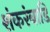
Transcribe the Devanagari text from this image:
शंकरंबाडि